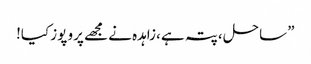
” ساحل ،پتہ ہے ،زاہدہ نے مجھے پرو پوز کیا!